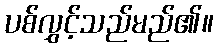
ပစ်လွှင့်သည်မည်၏။